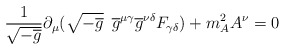
\begin{align*}\frac{1}{\sqrt{-\overline{g}}}\partial_{\mu}(\sqrt{-\overline{g}}\enspace\overline{g}^{\mu\gamma}\overline{g}^{\nu\delta}F_{\gamma\delta})+m_{A}^{2}A^{\nu}=0 \end{align*}